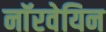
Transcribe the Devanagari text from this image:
नाॅरवेयिन